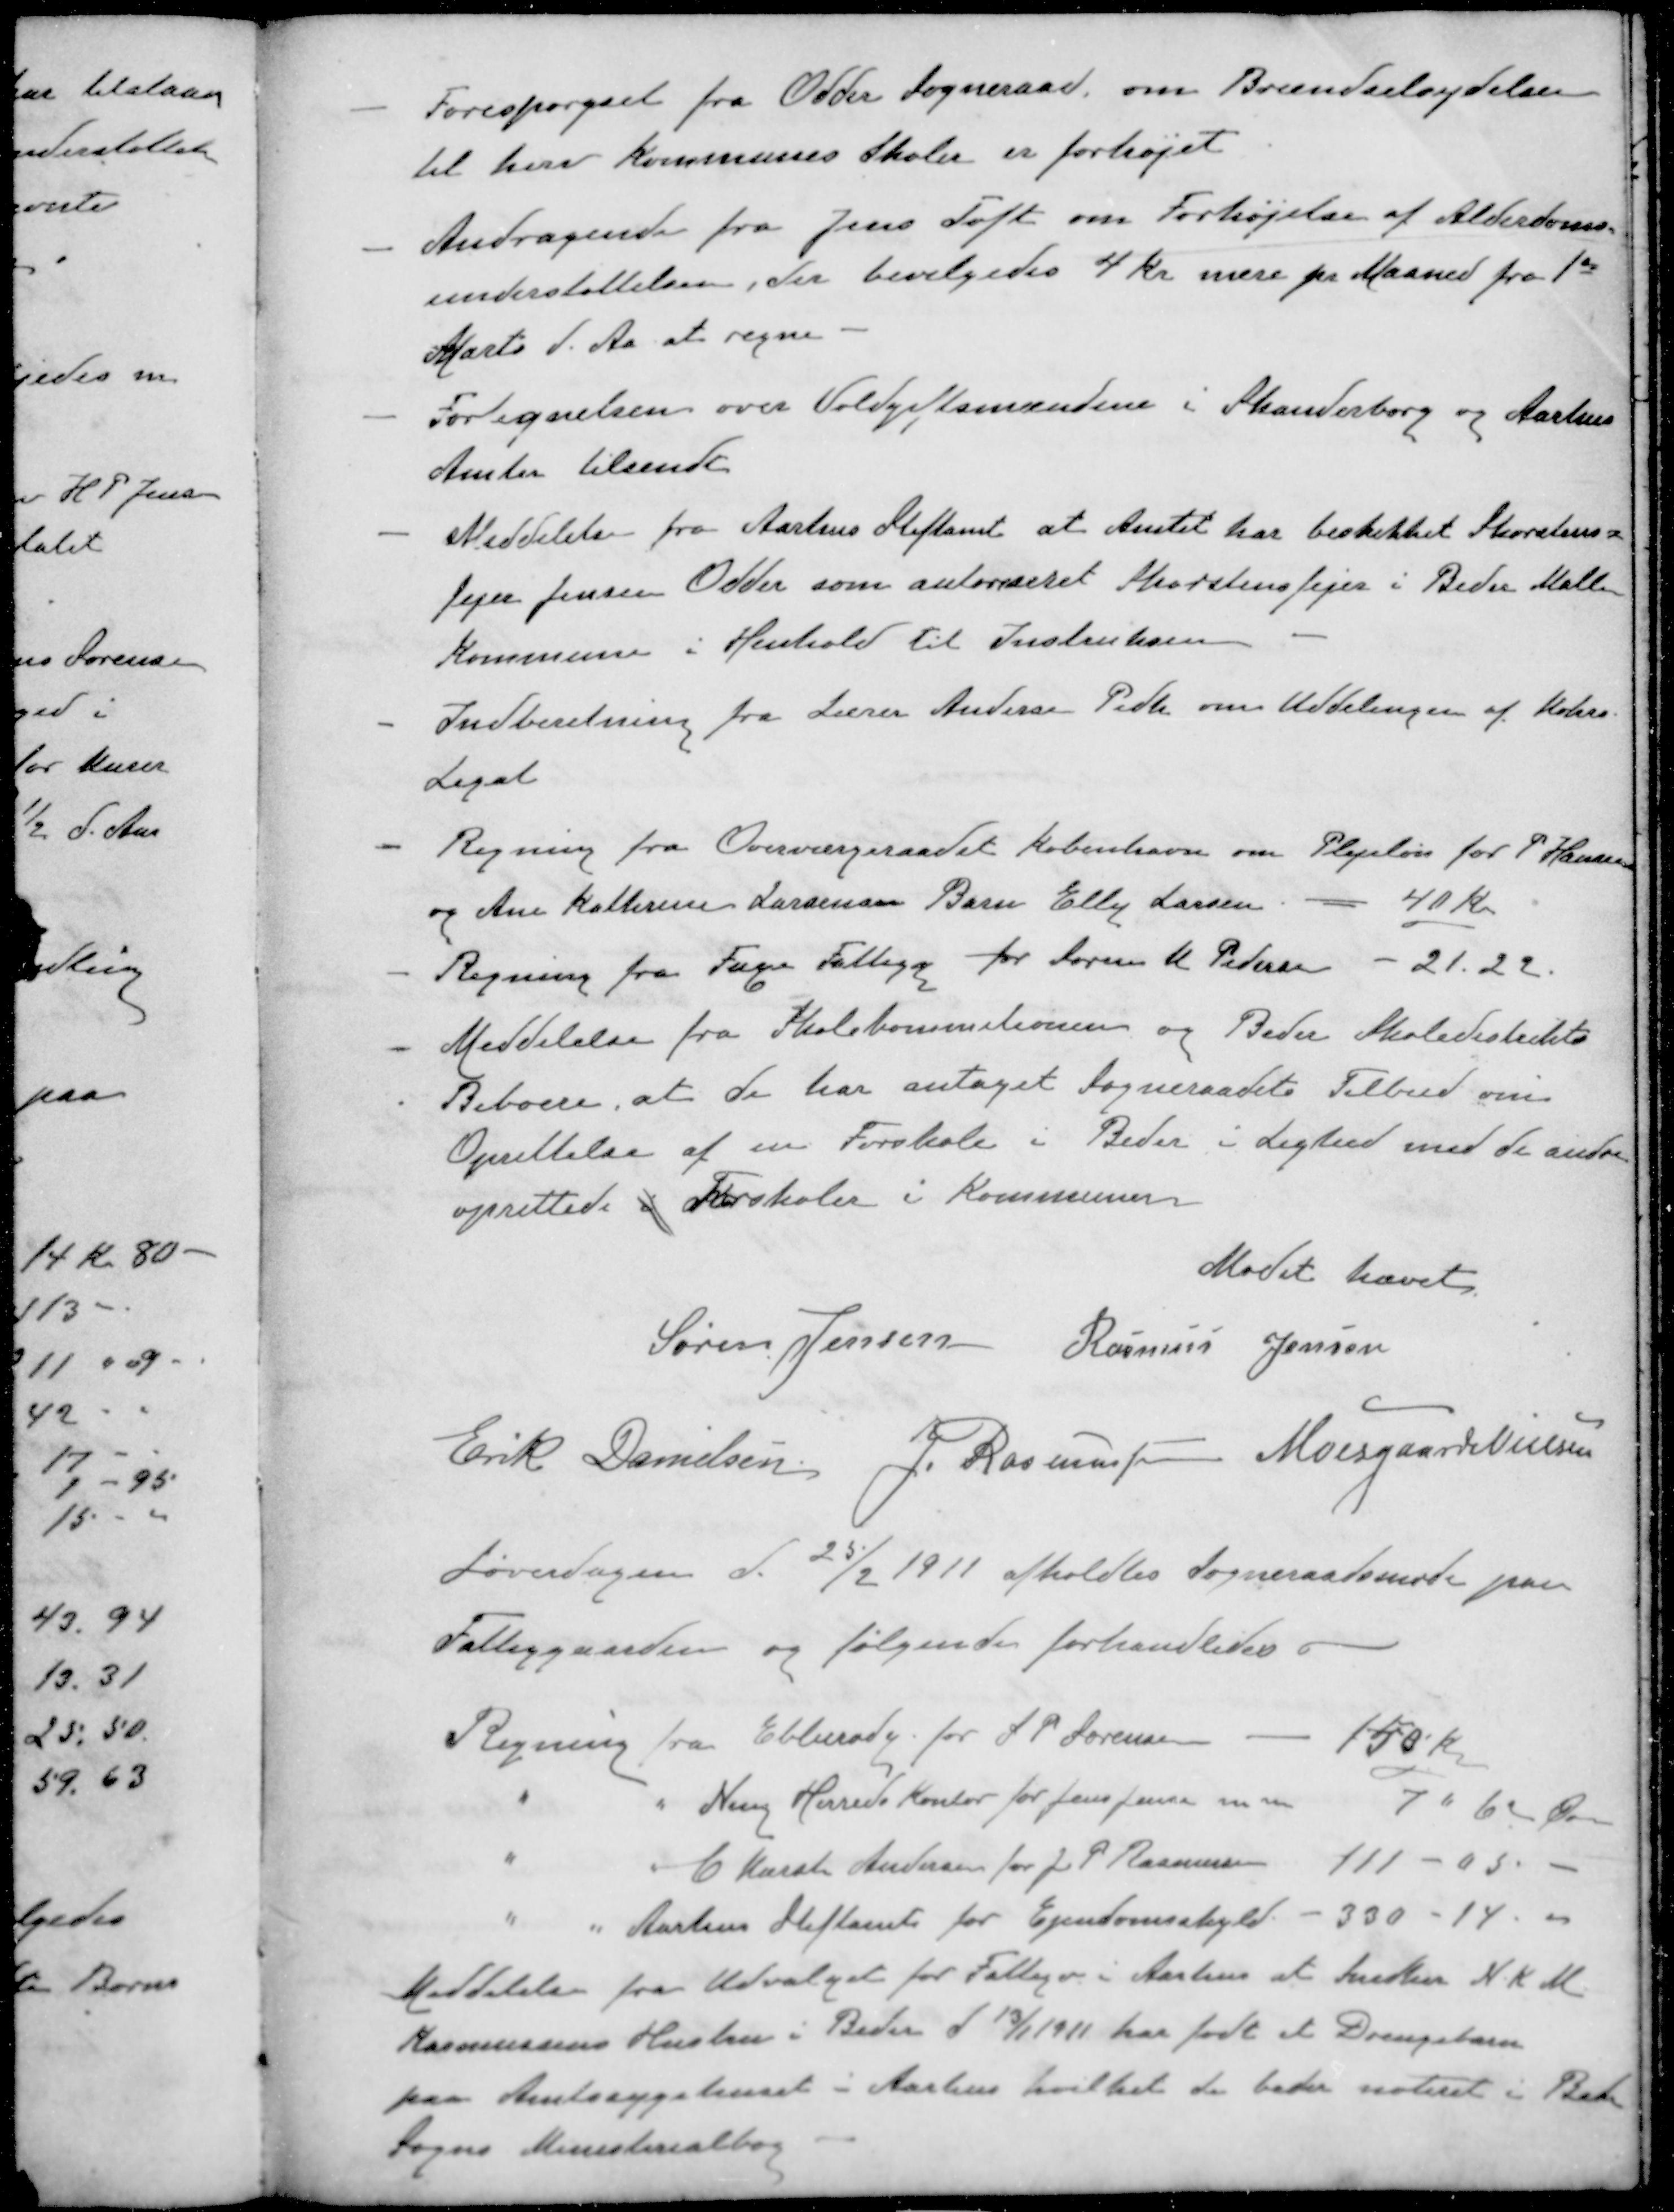
Transskription:
- Forespørgsel fra Odder Sogneraad om Brændselsydelsen
til herv kommunes Skoler er forhøjet
- Andragende fra Jens Toft om Forhøjelse af Alderdoms-
understøttelsen, der bevilgedes 4 Kr mere pr Maaned fra 1st
Marts d. Aa at regne
- Fortegnelsen over Voldgiftsmændene i Skanderborg og Aarhus
Amter tilsendt
- Meddelelse fra Aarhus Stiftamt at Amtet har beskikket Skorstens=
fejer Jensen Odder som autoriseret Skorstensfejer i Beder Mallin
Kommune i Henhold til Instruksen
- Indberetning fra Lærer Andersen Pedh om Uddelingen af Kobra
Legat
- Regning fra Overværgeraadet København om Plejeløn for P Hansen
og Ane Kathrine Larsenses Barn Elly Larsen - 40 Kr
- Regning fra Faxe Fattigg for Søren M Pedersen - 21.22
- Meddelelse fra Skolekommitionen og Beder Skoledistrikts
Beboere, at de har antaget Sogneraadets Tilbud om
Oprettelse af en Forskole i Beder i Lighed med de andre
oprettede i Forskoler i Kommunen
Mødet hævet
Søren Jensen
Rasmus Jensen
Erik Danielsen
J. Rasmussen
Moesgaard Nielsen
Lørerdagen d. 25/2 1911 afholdtes Sogneraadsmøde paa
Fattiggaarden og følgende forhandledes
Regning fra Ebberødg. for S P Sørensen 150 Kr
" " Ning Herreds kontor for Jens Jensen m.m. 7 " 62 Øre
" " C Karst. Andersen for J. P. Rasmussen 111 - 05 -
" " Aarhus Stiftamt for Ejendomsskyld - 330 - 14 -
Meddelelse fra Udvalget for Fattigv i Aarhus at Snedker N K M
Rasmussens Hustru i Beder d 13/1 1911 har født et Drengebarn
paa Amtssygehuset i Aarhus hvilket de beder noteret i Beder
Sogns Ministerialbog